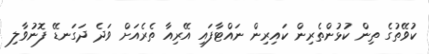
ކުވޭތުގެ ތިން ކުޅުންތެރިން ކައިރިން ނައްޓާފައި އޭރިއާ ތެރެއަށް ވަދެ ދަގަނޑޭ ފޮނުވާލި